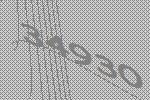
34930